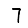
Digit: 7